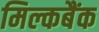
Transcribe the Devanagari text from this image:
मिल्कबैंक